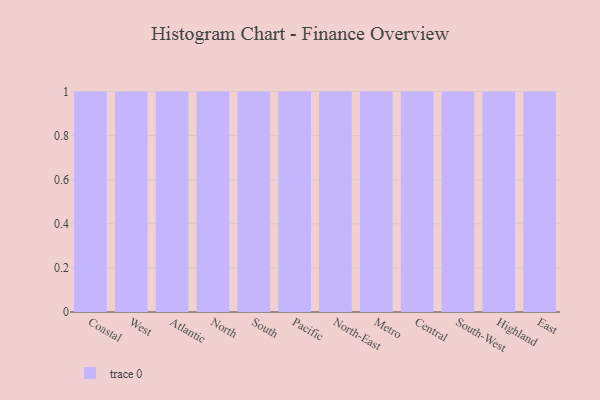
{"axis": {"x": "Region", "y": "Customer Acquisition Cost (USD)"}, "legend": [""], "data": [{"x": "Coastal", "y": 57, "type": ""}, {"x": "West", "y": 66, "type": ""}, {"x": "Atlantic", "y": 3, "type": ""}, {"x": "North", "y": 13, "type": ""}, {"x": "South", "y": 62, "type": ""}, {"x": "Pacific", "y": 95, "type": ""}, {"x": "North-East", "y": 45, "type": ""}, {"x": "Metro", "y": 73, "type": ""}, {"x": "Central", "y": 34, "type": ""}, {"x": "South-West", "y": 65, "type": ""}, {"x": "Highland", "y": 52, "type": ""}, {"x": "East", "y": 22, "type": ""}]}